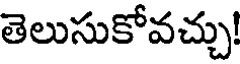
తెలుసుకోవచ్చు!